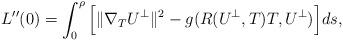
LaTeX: \begin{align*} L^{\prime\prime}(0)=\int_0^{\rho}\Big[\Vert\nabla_{T}U^{\perp}\Vert^2-g(R(U^{\perp},T)T,U^{\perp})\Big]ds,\end{align*}